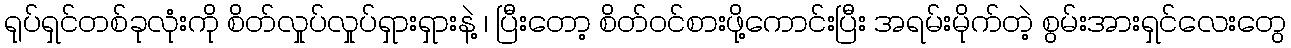
ရုပ်ရှင်တစ်ခုလုံးကို စိတ်လှုပ်လှုပ်ရှားရှားနဲ့ ၊ ပြီးတော့ စိတ်ဝင်စားဖို့ကောင်းပြီး အရမ်းမိုက်တဲ့ စွမ်းအားရှင်လေးတွေ